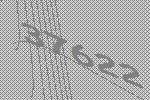
37622